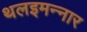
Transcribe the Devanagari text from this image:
थलइमन्‍नार